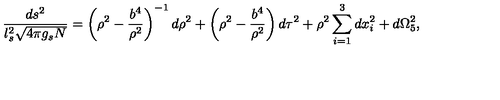
{ \frac { d s ^ { 2 } } { l _ { s } ^ { 2 } \sqrt { 4 \pi g _ { s } N } } } = \left( \rho ^ { 2 } - { \frac { b ^ { 4 } } { \rho ^ { 2 } } } \right) ^ { - 1 } d \rho ^ { 2 } + \left( \rho ^ { 2 } - { \frac { b ^ { 4 } } { \rho ^ { 2 } } } \right) d \tau ^ { 2 } + \rho ^ { 2 } \sum _ { i = 1 } ^ { 3 } d x _ { i } ^ { 2 } + d \Omega _ { 5 } ^ { 2 } ,